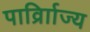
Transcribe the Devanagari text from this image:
पार्व्राािज्य